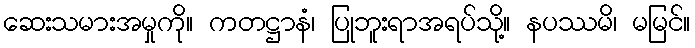
ဆေးသမားအမှုကို။ ကတဋ္ဌာနံ၊ ပြုဘူးရာအရပ်သို့။ နပဿမိ၊ မမြင်။